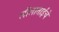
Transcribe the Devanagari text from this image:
लीलाताईंचे